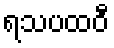
ရသပထဝီ